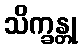
သိက္ခန္တု